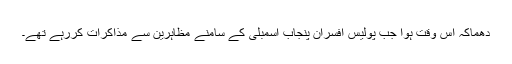
دھماکہ اس وقت ہوا جب پولیس افسران پنجاب اسمبلی کے سامنے مظاہرین سے مذاکرات کررہے تھے۔